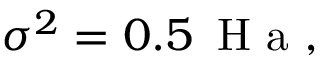
\sigma ^ { 2 } = 0 . 5 \, \mathrm { ~ H ~ a ~ } ,